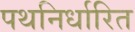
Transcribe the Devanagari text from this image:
पथनिर्धारित